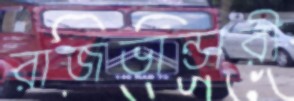
রাজভান্ডারী